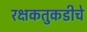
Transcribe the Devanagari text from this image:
रक्षकतुकडीचे